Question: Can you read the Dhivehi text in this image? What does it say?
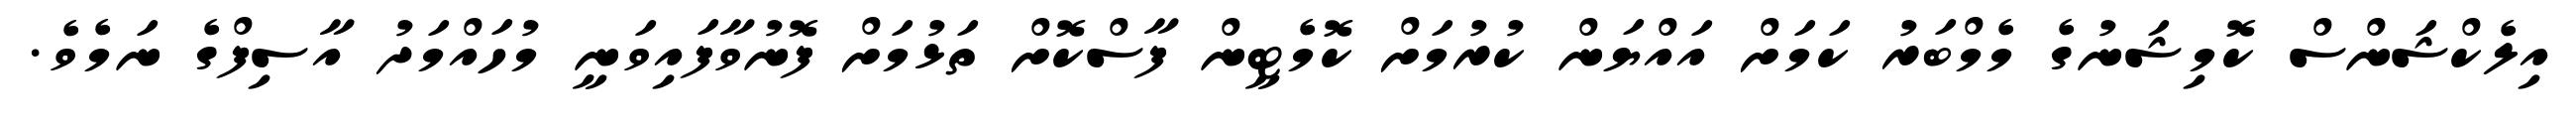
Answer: އިލެކްޝަންސް ކޮމިޝަނުގެ މެމްބަރު ކަމަށް އައްޔަން ކުރުމަށް ކޮމެޓީން ފާސްކޮށް ތަޅުމަށް ފޮނުވާފައިވަނީ މުހައްމަދު އާސިފްގެ ނަމެވެ.